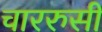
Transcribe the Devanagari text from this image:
चाररुसी